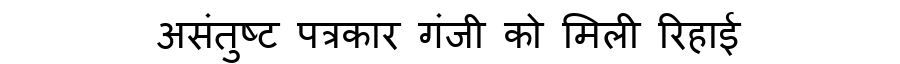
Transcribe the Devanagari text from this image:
असंतुष्ट पत्रकार गंजी को मिली रिहाई